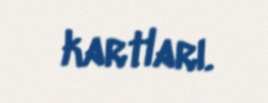
kartları.